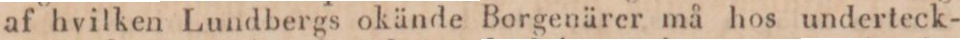
af hvilken Lundbergs okände Borgenärer må hos underteck-